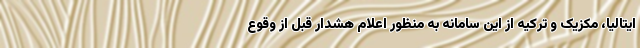
ایتالیا، مکزیک و ترکیه از این سامانه به منظور اعلام هشدار قبل از وقوع